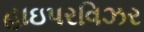
હાઇપરવિઝર